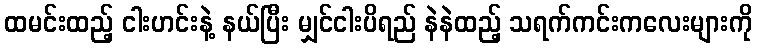
ထမင်းထည့် ငါးဟင်းနဲ့ နယ်ပြီး မျှင်ငါးပိရည် နဲနဲထည့် သရက်ကင်းကလေးများကို